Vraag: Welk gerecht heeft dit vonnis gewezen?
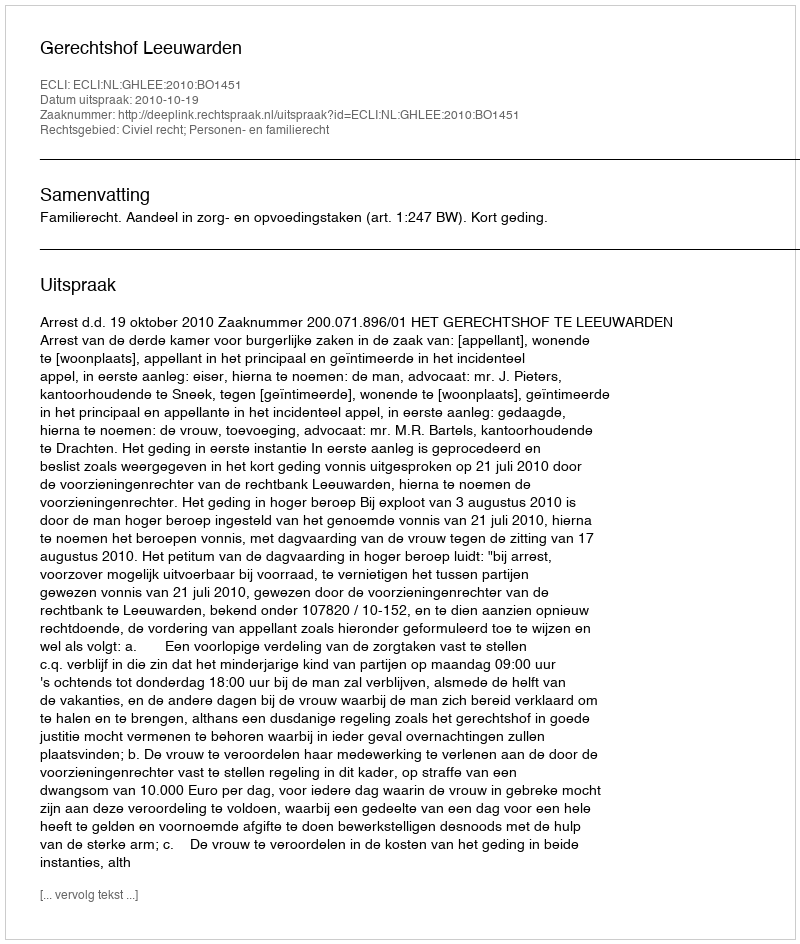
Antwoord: Gerechtshof Leeuwarden